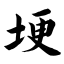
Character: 埂